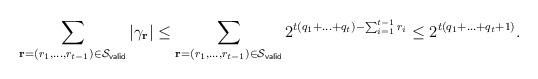
LaTeX: \begin{align*}\sum_{\mathbf{r} =(r_1, \ldots, r_{t-1}) \in \mathcal{S}_{\mathsf{valid}}} |\gamma_{\mathbf{r}}| \le \sum_{\mathbf{r} =(r_1, \ldots, r_{t-1}) \in \mathcal{S}_{\mathsf{valid}}}2^{t(q_1 +\ldots + q_t) - \sum_{i=1}^{t-1} r_{i}} \le 2^{t(q_1 + \ldots + q_t +1)}. \end{align*}